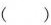
()